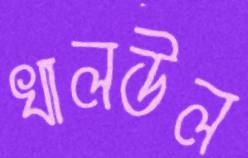
খালউল